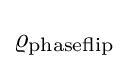
\varrho _{\rm {phaseflip}}